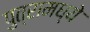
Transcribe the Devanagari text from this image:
पुत्रामध्ये